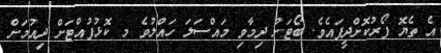
އެ ތެޔޮ ފޯރުކޮށްދީފައެވެ. ބޯޓަށް ދިމާވި މައްސަލަ ހައްލުވެ މ ކޮޅުފުއްޓަށް ދިއުމަށް